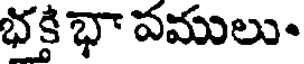
భక్తి భా పములు-